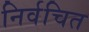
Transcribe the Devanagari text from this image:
निर्वचित